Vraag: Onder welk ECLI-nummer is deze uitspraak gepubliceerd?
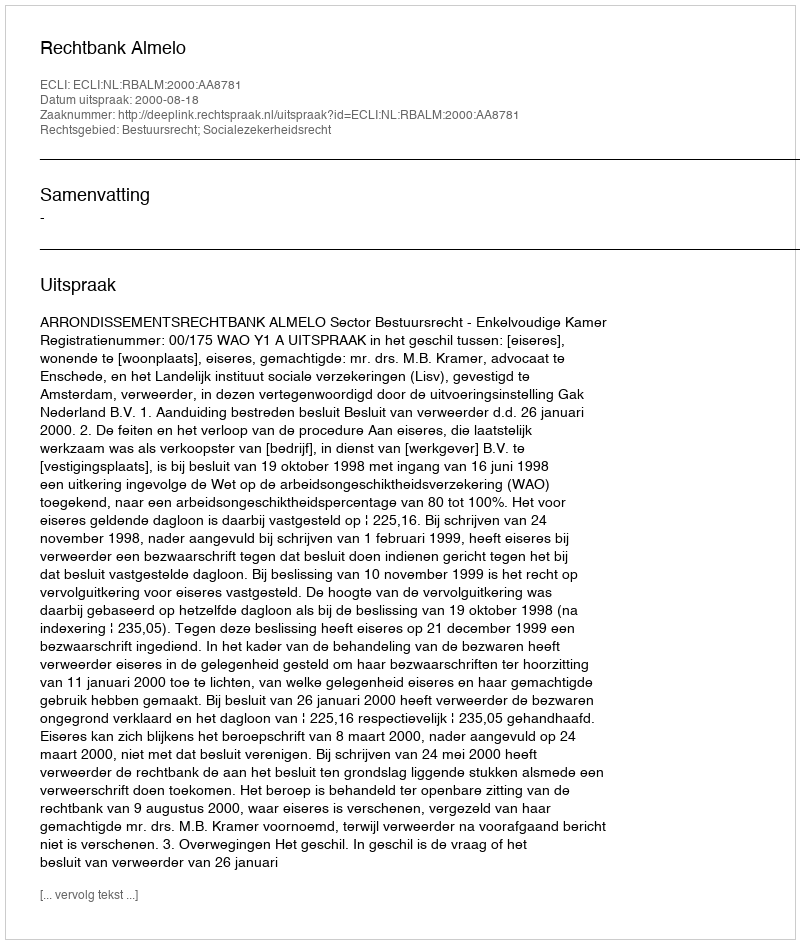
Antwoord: ECLI:NL:RBALM:2000:AA8781